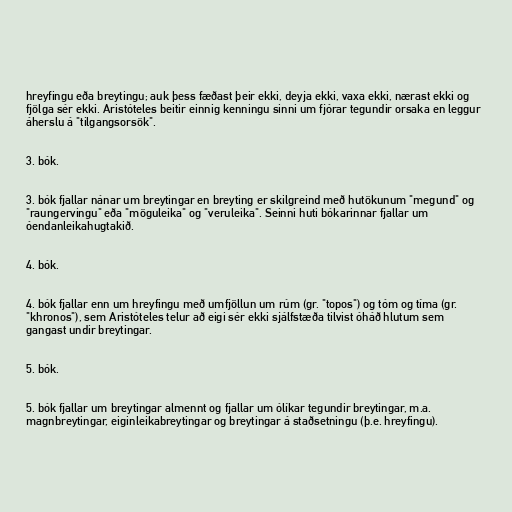
hreyfingu eða breytingu; auk þess fæðast þeir ekki, deyja ekki, vaxa ekki, nærast ekki og
fjölga sér ekki. Aristóteles beitir einnig kenningu sinni um fjórar tegundir orsaka en leggur
áherslu á "tilgangsorsök".

3. bók.

3. bók fjallar nánar um breytingar en breyting er skilgreind með hutökunum "megund" og
"raungervingu" eða "möguleika" og "veruleika". Seinni huti bókarinnar fjallar um
óendanleikahugtakið.

4. bók.

4. bók fjallar enn um hreyfingu með umfjöllun um rúm (gr. "topos") og tóm og tíma (gr.
"khronos"), sem Aristóteles telur að eigi sér ekki sjálfstæða tilvist óháð hlutum sem
gangast undir breytingar.

5. bók.

5. bók fjallar um breytingar almennt og fjallar um ólíkar tegundir breytingar, m.a.
magnbreytingar, eiginleikabreytingar og breytingar á staðsetningu (þ.e. hreyfingu).